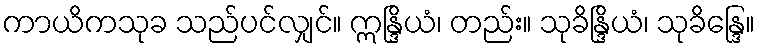
ကာယိကသုခ သည်ပင်လျှင်။ ဣန္ဒြိယံ၊ တည်း။ သုခိန္ဒြိယံ၊ သုခိန္ဒြေ။